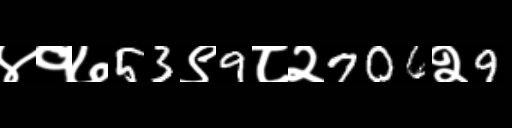
Text: ४१७53९9८२706२9